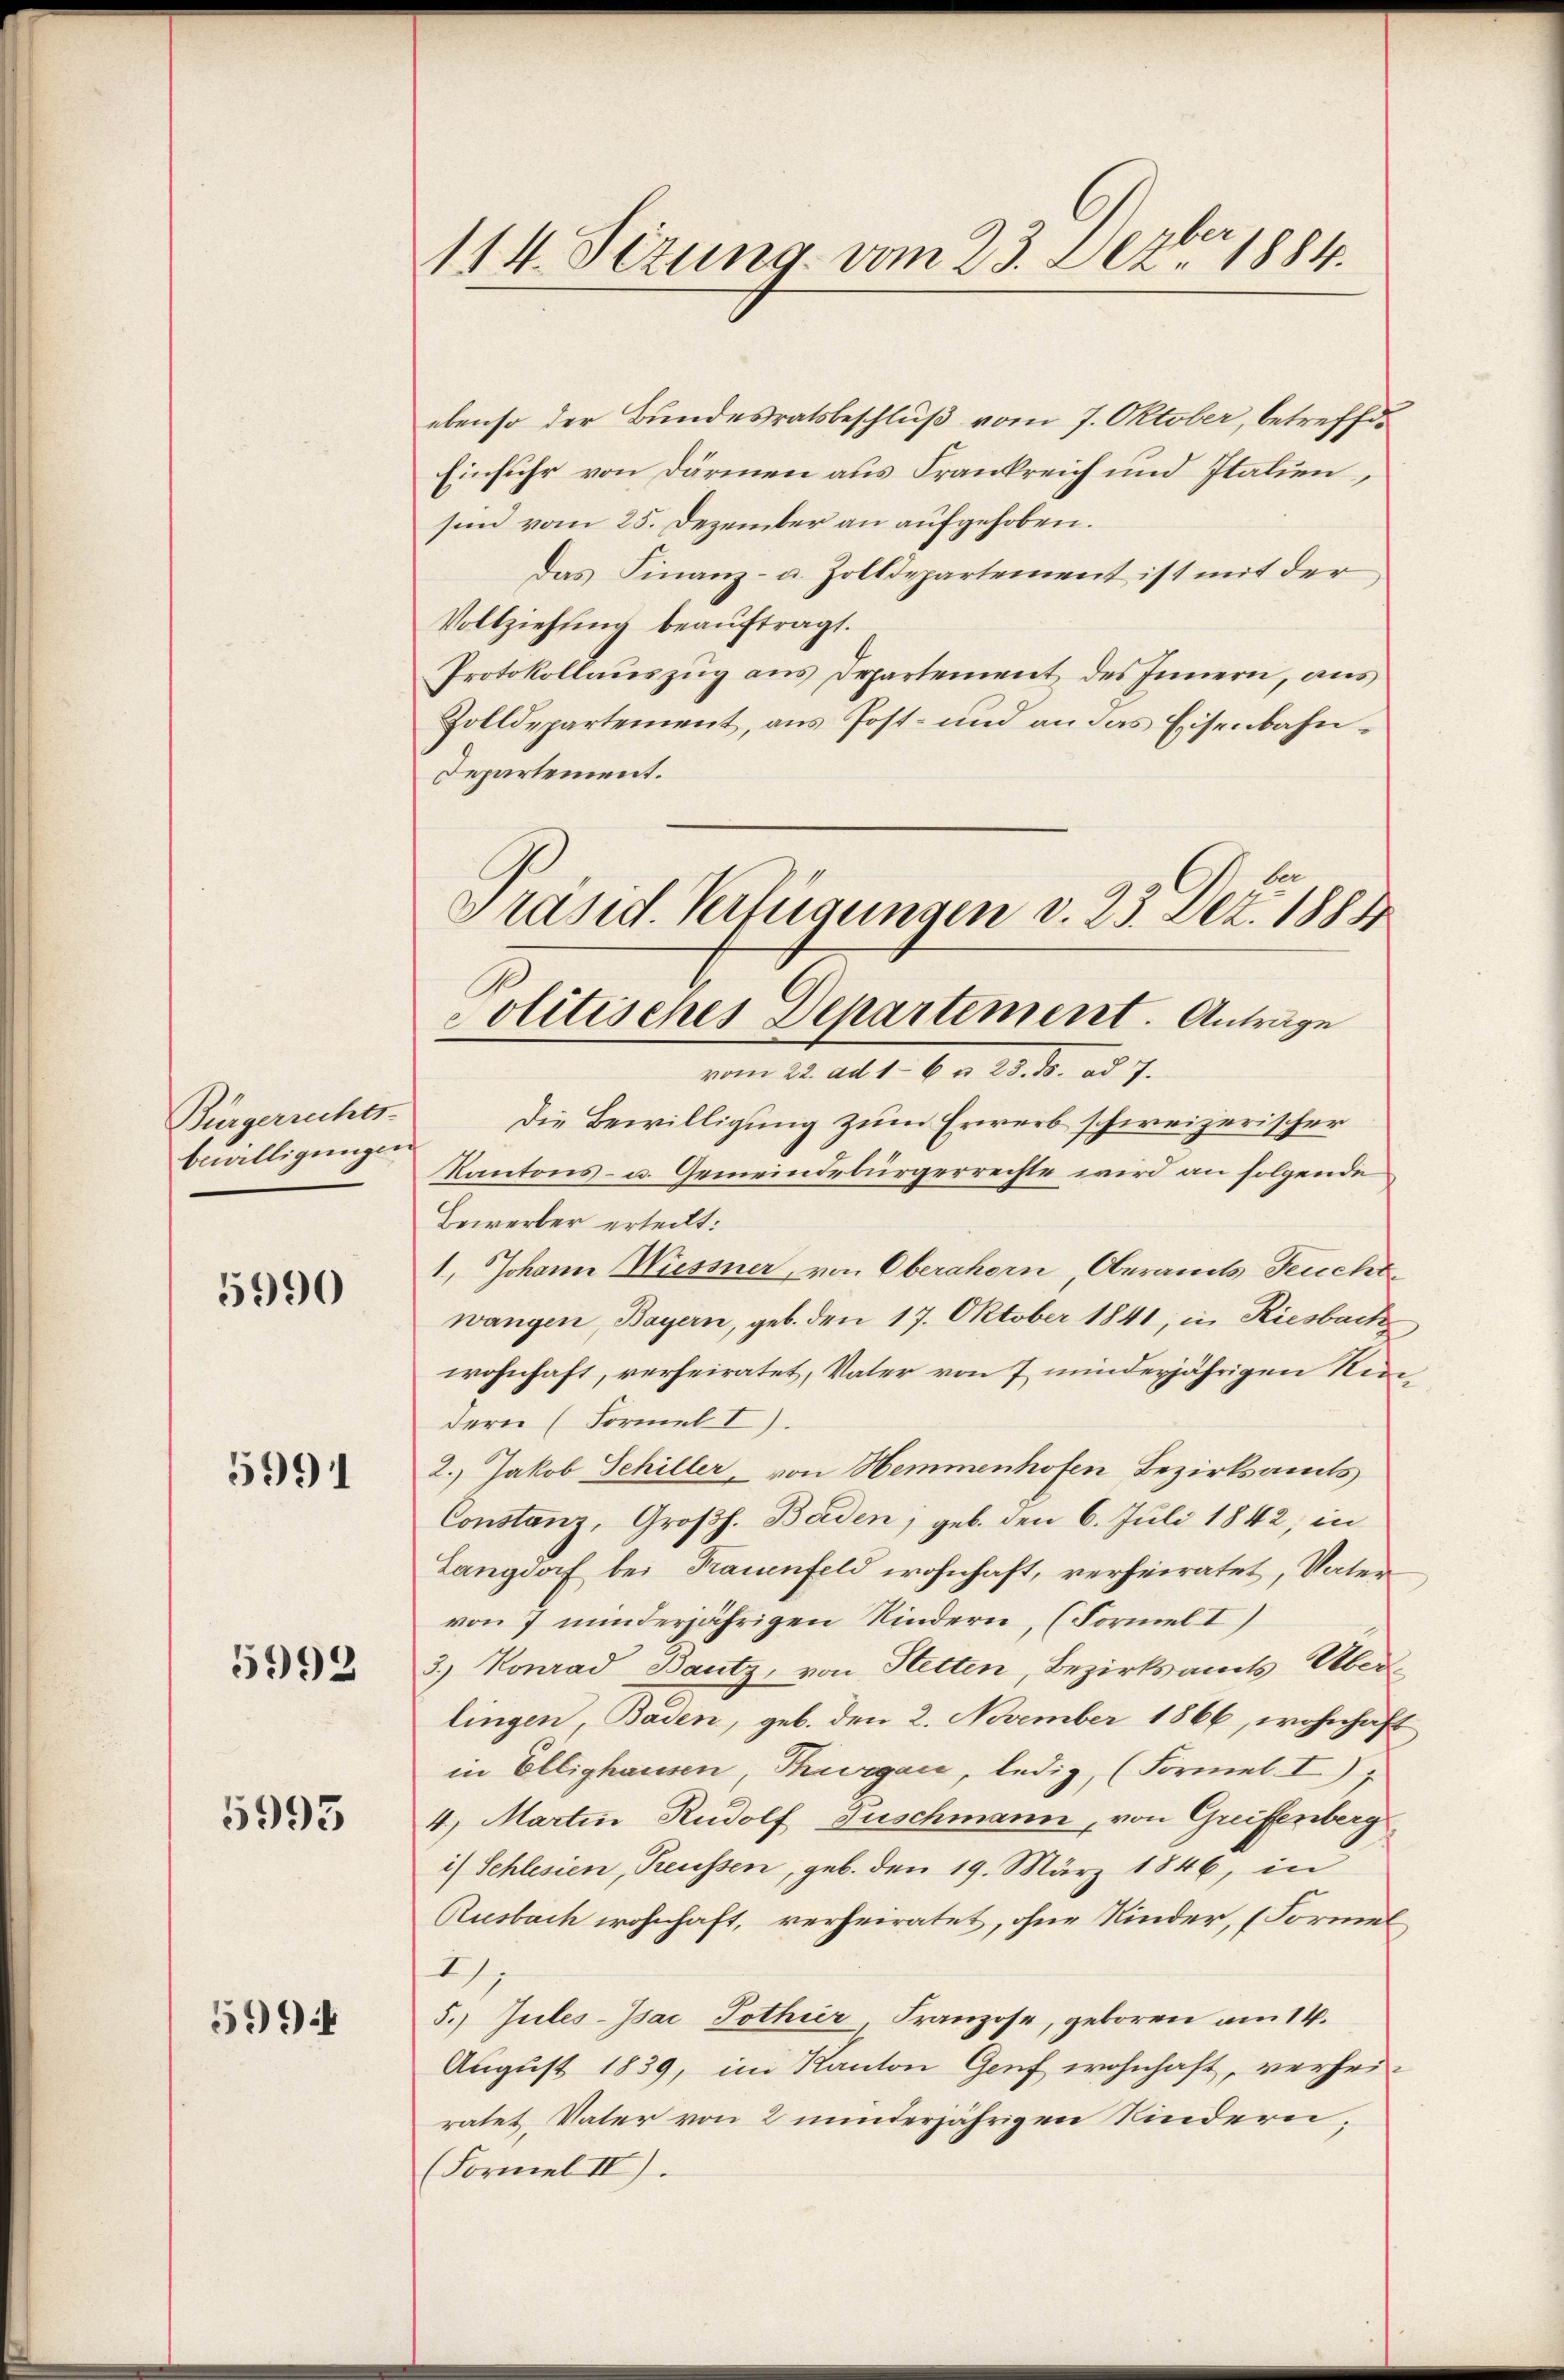
Bürgerrechts-
bewilligungen

5990

5991

5992

5993

594

114. Sizung vom 23. Dezbr. 1884.

ebenso der Bundesratsbeschluß vom 7. Oktober, betreffen
Einfuhr von Därmen aus Frankreich und Italien,
sin vom 25. Dezember an aufgehoben.
Das Finanz- u. Zolldepartement ist mit der
Vollziehung beauftragt.
Protokollauszug aus Departement des Innern, aus
Zolldepartement, aus Post- und an das Eisenbahn¬
Departement.
Präsid. Verfügungen v. 23. Dez. 1884

olitisches Departement. Anträge
vom 22. ad 16 n 23. ds. ad 7.

Die Bewilligung zum Erwerb schweizerischer
Kantons- u. Gemeindebürgerrechte wird an folgende
Bewerber erteilt:
1, Johann Niessner, von Oberahern, Oberamts Feucht
wangen, Bayern, geb. den 17. Oktober 1841, in Riesbach,
wohnhaft, verheiratet, Vater von 7 minderjährigen Renidern (Formel I).
2.) Jakob Schiller, von Hemmenhofen Bezirksamts
Constanz, Großh. Baden, geb. den 6. Juli 1842, in
Langdorf bei Frauenfeld wohnhaft, verheiratet, Vater
von 7 minderjährigen Kindern, (Formel I)
3.) Konrad Bautz, von Stetten, Bezirksamts Überlingen, Baden, geb. den 2. November 1866, wohnhaft
in Ellighausen, Thurgau, ledig, (Formel I
4. Martin Rudolf Fuschmann, von Greiffenberg
i) Schlesien, Treussen, geb. den 19. März 1846, in
Rusbach wohnhaft, verheiratet, ohne Kinder, (Formel¬
I
5.) Zules-Isac Tothier, Franzose, geboren am 14.
August 1839, im Kanton Genf wohnhaft, verheiratet, Vater von 2 minderjährigen Kindern
Formel II).